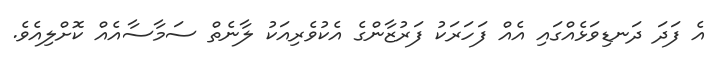
އެ ފަދަ ދަނޑިވަޅެއްގައި އެއް ފަހަރަކު ފަރުޒާންގެ އެކުވެރިއަކު ލާނެތް ސަމާސާއެއް ކޮށްލިއެވެ.